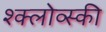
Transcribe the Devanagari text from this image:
श्क्लोव्स्की